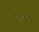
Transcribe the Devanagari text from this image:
सरुनास